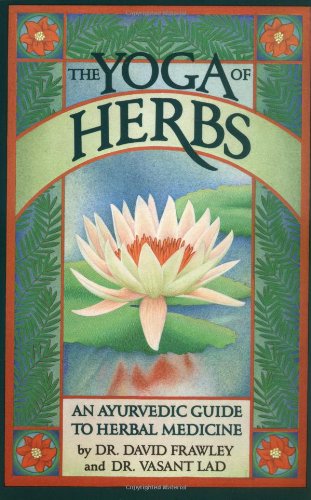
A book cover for The Yoga of Herbs: An Ayurvedic Guide to Herbal Medicine; David Frawley; Health, Fitness & Dieting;